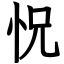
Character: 怳